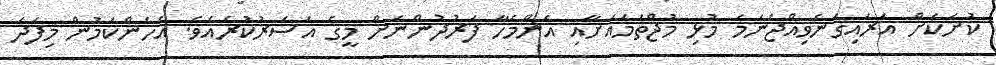
ކުށަކަށް އަރައިގަނެވިއްޖެނަމަ މުޅި މުޖްތަމައަށާއި އެންމެހާ ފަރުދުންނަށް މީގެ އަސަރުކުރެއެވެ. އެހެންކަމުން މިފަދަ